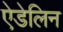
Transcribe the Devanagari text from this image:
ऐडेलिन